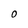
Character: O